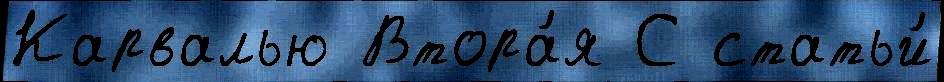
Карвалью Втора́я С статьи́